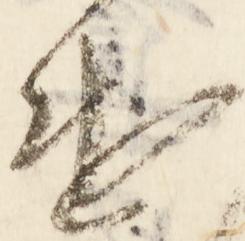
遣